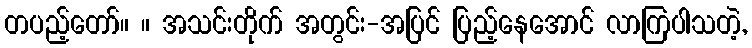
တပည့်တော်။ ။ အသင်းတိုက် အတွင်း-အပြင် ပြည့်နေအောင် လာကြပါသတဲ့,